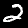
Label: 2